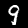
Label: 9